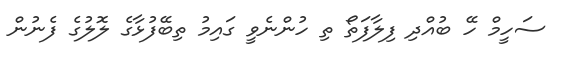
ސަހީމް ހޭ ބުއްދި ފިލާފަތޯ ތި ހުންނެވީ ގައިމު ތިބޭފުޅާގެ ލޮލުގެ ފެނުން